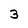
Character: 3